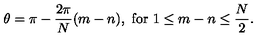
\theta = \pi - \frac { 2 \pi } { N } ( m - n ) , \ \mathrm { f o r } \ 1 \leq m - n \leq \frac { N } { 2 } .